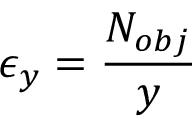
\epsilon _ { y } = \frac { N _ { o b j } } { y }